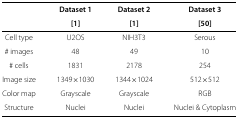
<table><thead><tr><td><b> </b></td><td><b>Dataset 1</b></td><td><b>Dataset 2</b></td><td><b>Dataset 3</b></td></tr><tr><td><b> </b></td><td><b>[1]</b></td><td><b>[1]</b></td><td><b>[50]</b></td></tr></thead><tbody><tr><td>Cell type</td><td>U2OS</td><td>NIH3T3</td><td>Serous</td></tr><tr><td># images</td><td>48</td><td>49</td><td>10</td></tr><tr><td># cells</td><td>1831</td><td>2178</td><td>254</td></tr><tr><td>Image size</td><td>1349 ×1030</td><td>1344 ×1024</td><td>512 ×512</td></tr><tr><td>Color map</td><td>Grayscale</td><td>Grayscale</td><td>RGB</td></tr><tr><td>Structure</td><td>Nuclei</td><td>Nuclei</td><td>Nuclei &amp; Cytoplasm</td></tr></tbody></table>